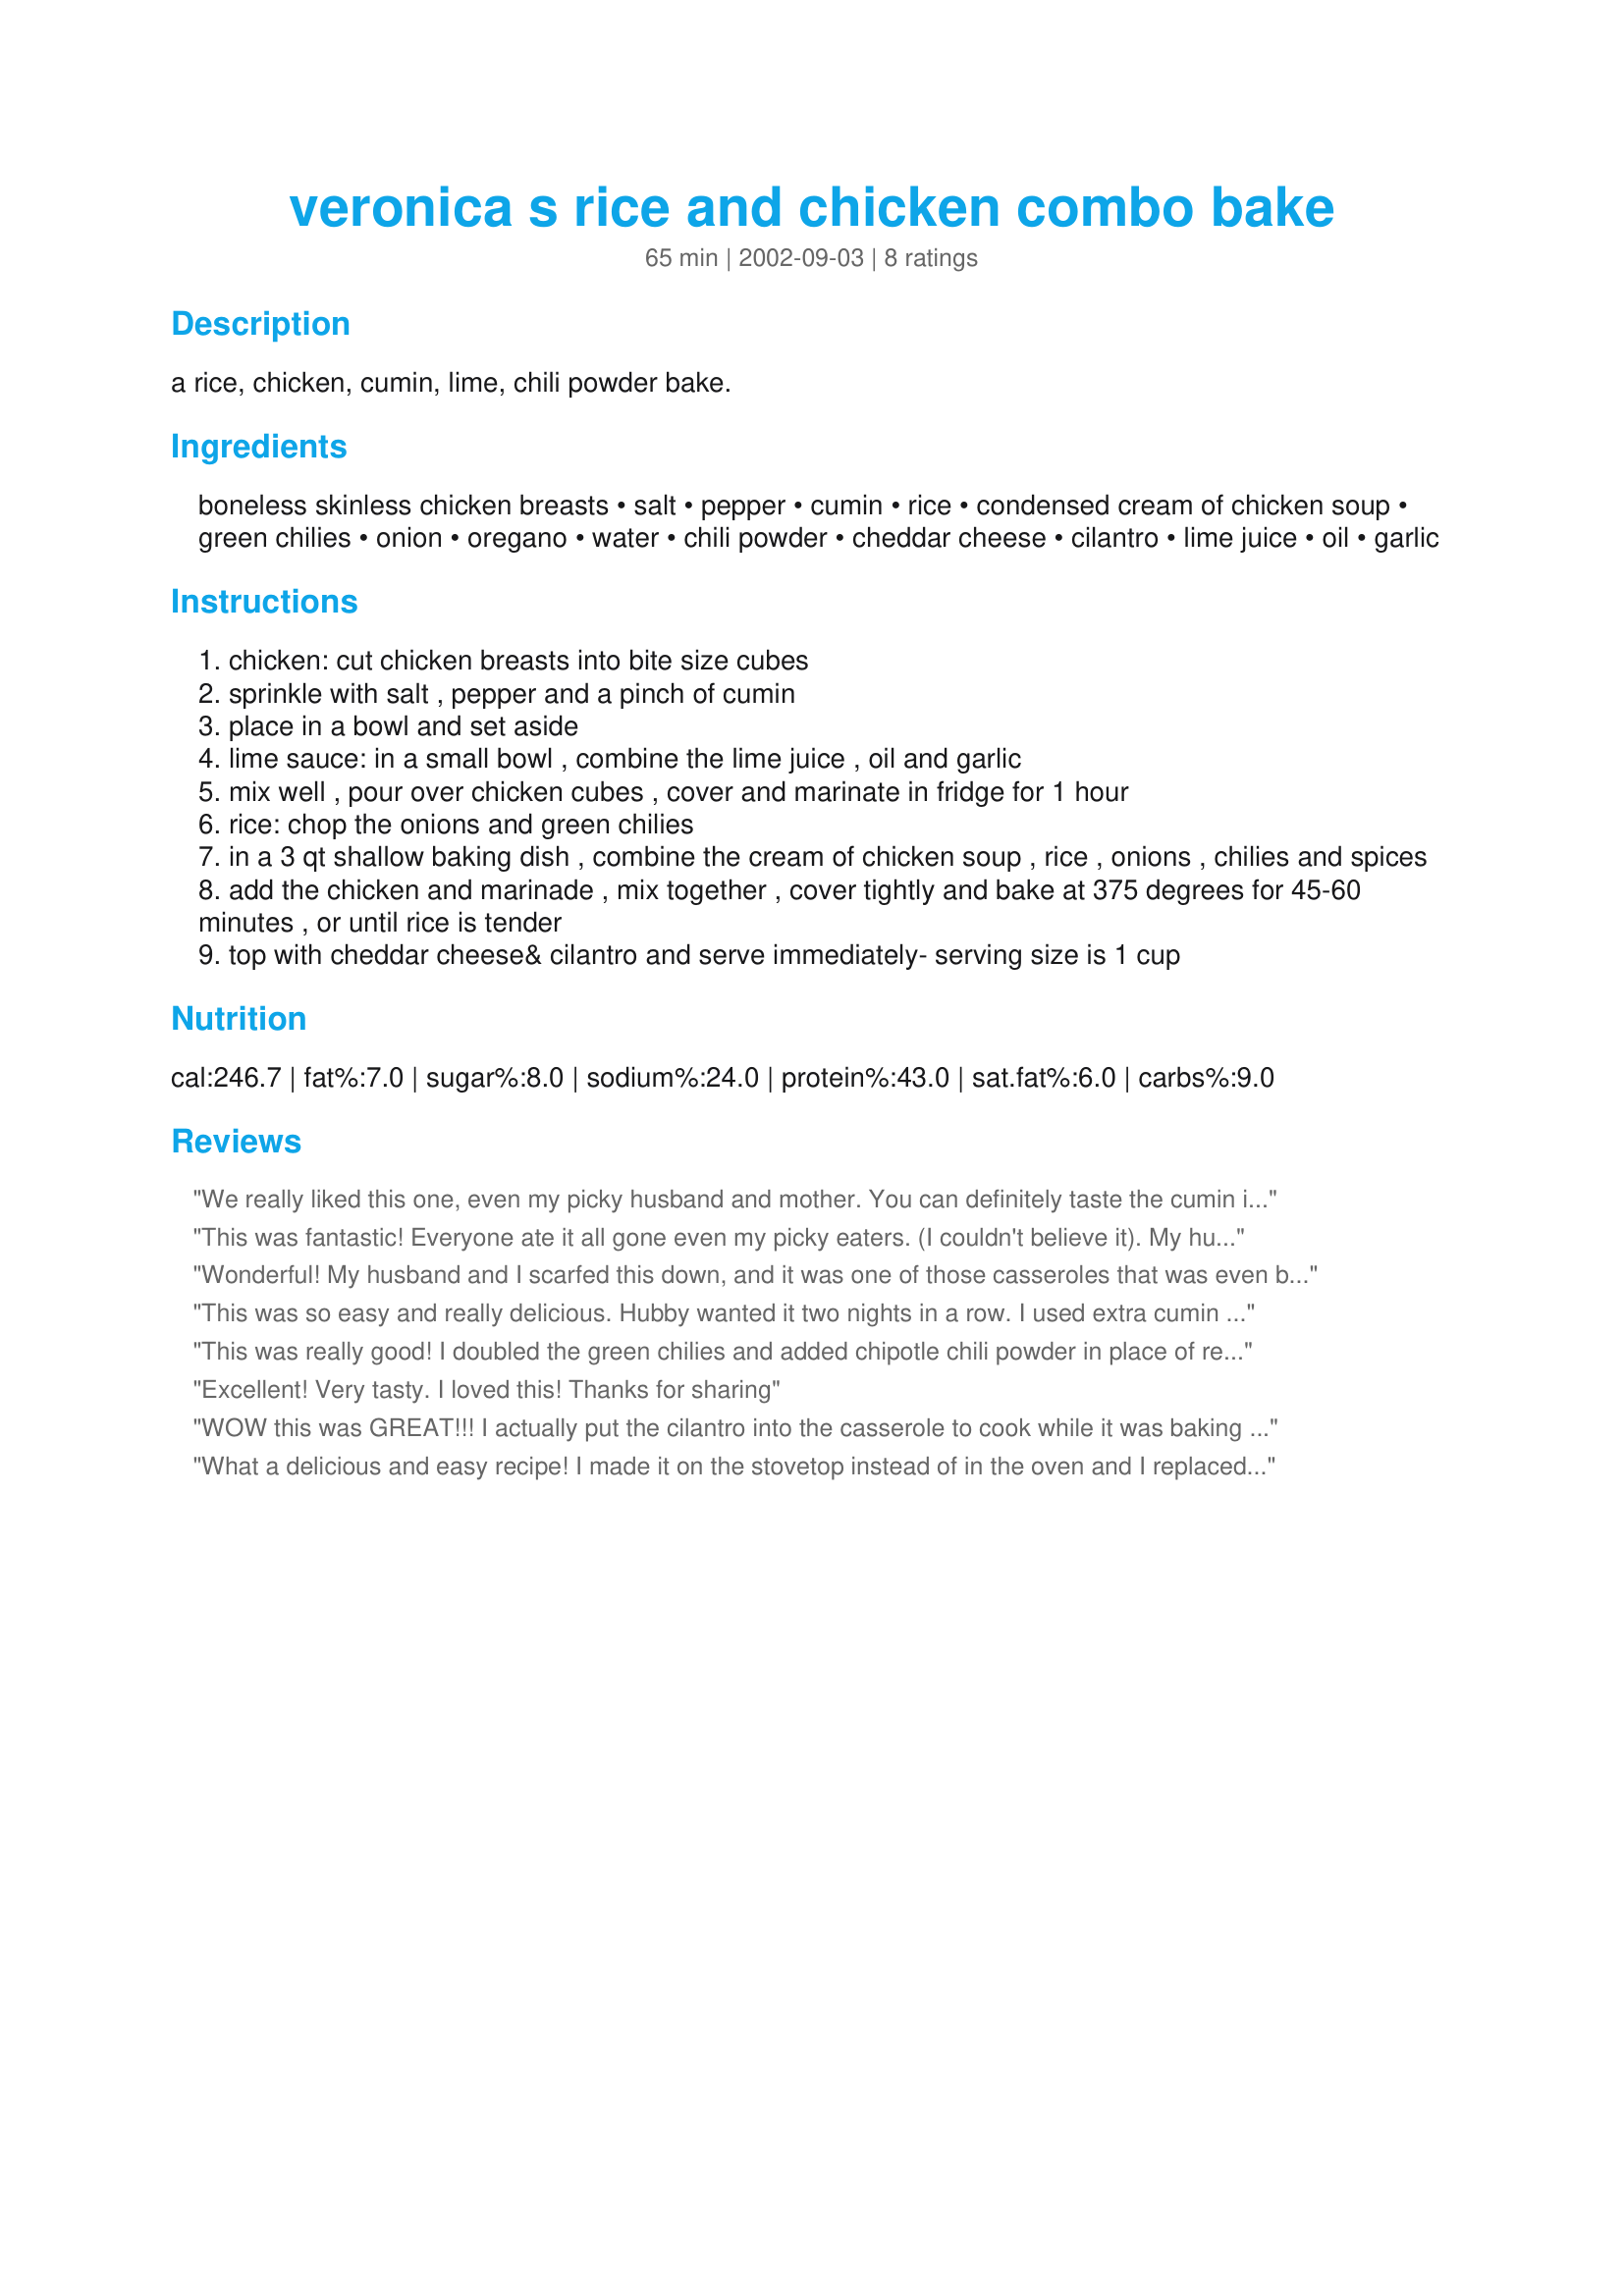
veronica s rice and chicken combo bake
Preparation time: 65 minutes

a rice, chicken, cumin, lime, chili powder bake.

Ingredients:
boneless skinless chicken breasts, salt, pepper, cumin, rice, condensed cream of chicken soup, green chilies, onion, oregano, water, chili powder, cheddar cheese, cilantro, lime juice, oil, garlic

Steps:
chicken: cut chicken breasts into bite size cubes
sprinkle with salt , pepper and a pinch of cumin
place in a bowl and set aside
lime sauce: in a small bowl , combine the lime juice , oil and garlic
mix well , pour over chicken cubes , cover and marinate in fridge for 1 hour
rice: chop the onions and green chilies
in a 3 qt shallow baking dish , combine the cream of chicken soup , rice , onions , chilies and spices
add the chicken and marinade , mix together , cover tightly and bake at 375 degrees for 45-60 minutes , or until rice is tender
top with cheddar cheese& cilantro and serve immediately- serving size is 1 cup

Reviews:
We really liked this one, even my picky husband and mother. You can definitely taste the cumin in this, which I hadn't really cooked with in the past. It's a pretty flavorful dish. Make sure to get the rice done. I didn't quite leave it long enough. My husband suggested to use chicken broth instead of the water. I think it was fine with the water personally. Overall very good and easy.
This was fantastic! Everyone ate it all gone even my picky eaters. (I couldn't believe it). My husband said looks good but the kids won't eat that. After dinner he said I stand corrected. Thanks so much for an easy and tasty dinner. FYI the marinade made the chicken soooo tender.
Wonderful! My husband and I scarfed this down, and it was one of those casseroles that was even better the next day. The leftovers didn't last long. Also, I substituted arborio rice in the same amount as the white rice called for. It gave the whole thing a creamier texture. Definately one I'll be making again.
This was so easy and really delicious. Hubby wanted it two nights in a row. I used extra cumin because we love it and I used the whole can of chicken soup because I used extra onions. Used Texmati rice and it was excellent! Thanks Veronica!
This was really good! I doubled the green chilies and added chipotle chili powder in place of regular and chicken broth in place of the water. I also added a bit of cheese into the mixture while it baked. So very tasty! A keeper!
Excellent! Very tasty. I loved this! Thanks for sharing
WOW this was GREAT!!! I actually put the cilantro into the casserole to cook while it was baking and added pepper jack cheese on top. We we also thinking that it tasted amazingly like tortilla soup, only in a casserole. This is definetly a keeper and will be making it again!!
What a delicious and easy recipe! I made it on the stovetop instead of in the oven and I replaced half of the cream of chicken soup with sour cream. Yum! I will be using this recipe again and again.
